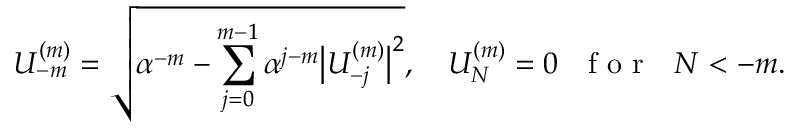
U _ { - m } ^ { ( m ) } = \sqrt { \alpha ^ { - m } - \sum _ { j = 0 } ^ { m - 1 } \alpha ^ { j - m } \big | U _ { - j } ^ { ( m ) } \big | ^ { 2 } } , \quad U _ { N } ^ { ( m ) } = 0 \ \ \textrm { f o r } \ \ N < - m .